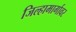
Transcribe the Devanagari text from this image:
जिल्हामार्गावर